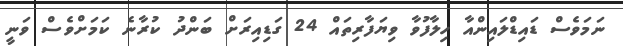
ނަމަވެސް ޑައިޑްލައިންއާ ހިލާފުވާ ވިޔަފާރިތައް 24 ގަޑިއިރަށް ބަންދު ކުރާނެ ކަމަށްވެސް ވަނީ